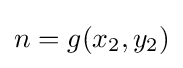
n=g(x_{2},y_{2})